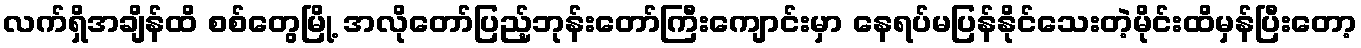
လက်ရှိအချိန်ထိ စစ်တွေမြို့ အလိုတော်ပြည့်ဘုန်းတော်ကြီးကျောင်းမှာ နေရပ်မပြန်နိုင်သေးတဲ့မိုင်းထိမှန်ပြီးတော့